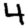
Digit: 4